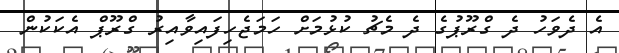
އެ ދެވަހު ދެ ގްރޫޕުގެ ދެ މެޗު ކުޅުމަށް ހަމަޖެހިފައިވާއިރު ގްރޫޕް އެކަކުން